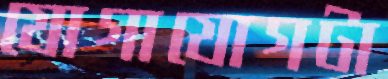
যোগাযোগটা